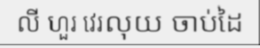
លី ហួរ វេរលុយ ចាប់ដៃ